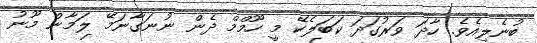
ބުނެލިއެވެ. ހާދަ ވަރުގަދަ ކަބަލެކޭ މީ ހޫމްމް ދެން ނުނަގާނަަމޭ ލަމާން މޫނު